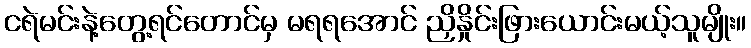
ငရဲမင်းနဲ့တွေ့ရင်တောင်မှ မရရအောင် ညှိနှိုင်းဖြားယောင်းမယ့်သူမျိုး။